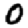
Digit: 0